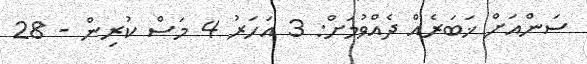
ސަންއަށް ޚަބަރެއް ދެއްވުމަށް: 3 އަހަރު 4 މަސް ކުރިން - 28